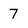
Character: 7